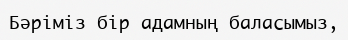
Бәріміз бір адамның баласымыз,